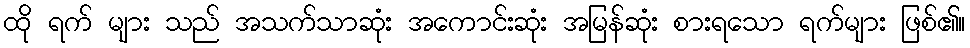
ထို ရက် များ သည် အသက်သာဆုံး အကောင်းဆုံး အမြန်ဆုံး စားရသော ရက်များ ဖြစ်၏။